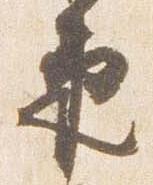
束